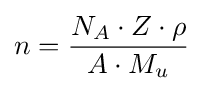
n={\frac {N_{A}\cdot Z\cdot \rho }{A\cdot M_{u}}}